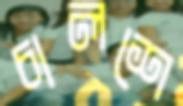
চালশে